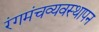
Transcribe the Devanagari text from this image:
रंगमंचव्यवस्थापन